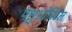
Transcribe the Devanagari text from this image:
पश्चओर्बिटल